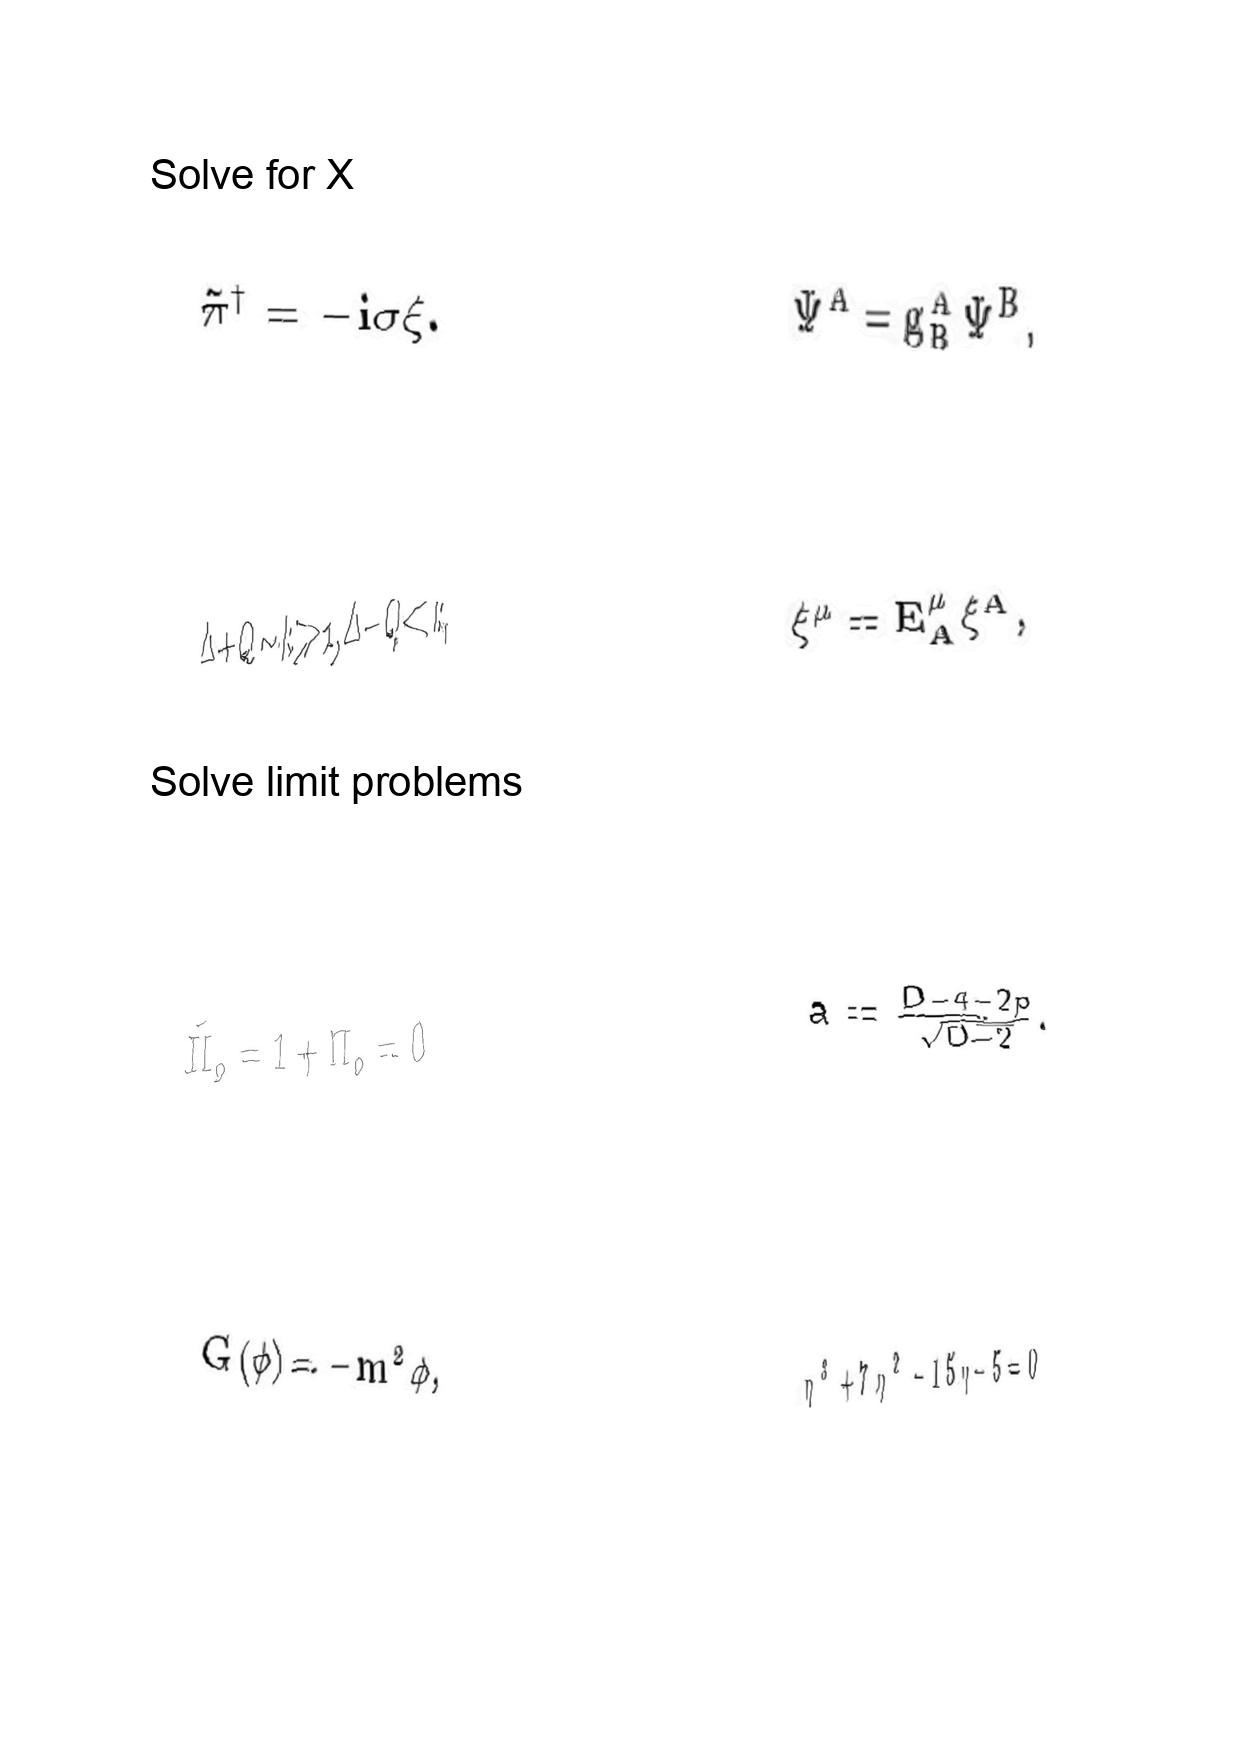
LaTeX transcription:
\tilde { \pi } ^ { \dagger } = - i \sigma \xi .
\Delta + Q \sim k \gg 1 , \Delta - Q \ll k ,
\tilde { \Pi } _ { o } = 1 + \Pi _ { o } = 0
G \lparen \phi \rparen = - m ^ { 2 } \phi ,
\Psi ^ { A } = g ^ { A } _ { B } \Psi ^ { B } ,
\xi ^ { \mu } = E _ { A } ^ { \mu } \xi ^ { A } ,
a = \frac { D - 4 - 2 p } { \sqrt { D - 2 } } .
\eta ^ { 3 } + 7 \eta ^ { 2 } - 1 5 \eta - 5 = 0